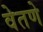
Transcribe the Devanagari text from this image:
वेतणे